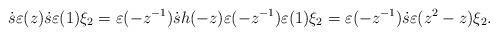
LaTeX: \begin{align*}\dot{s}\varepsilon (z)\dot{s} \varepsilon (1) \xi_2=\varepsilon(-z^{-1}) \dot{s} h(-z)\varepsilon(-z^{-1}) \varepsilon (1) \xi_2 =\varepsilon(-z^{-1}) \dot{s} \varepsilon(z^2-z) \xi_2.\end{align*}